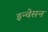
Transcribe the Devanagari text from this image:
इन्वेसन